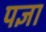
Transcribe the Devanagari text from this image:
पज्ञा